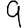
Digit: 9